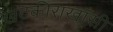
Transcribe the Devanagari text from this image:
खटकीराखाँसी